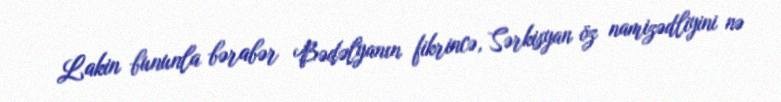
Lakin bununla bərabər Bədəlyanın fikrincə, Sərkisyan öz namizədliyini nə